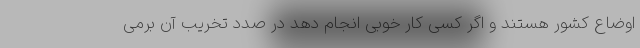
اوضاع کشور هستند و اگر کسی کار خوبی انجام دهد در صدد تخریب آن برمی